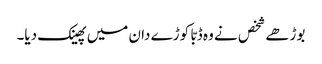
بوڑھے شخص نے وہ ڈبّا کوڑے دان میں پھینک دیا۔